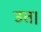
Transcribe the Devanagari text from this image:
उत।